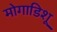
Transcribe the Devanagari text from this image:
मोगाडिशू